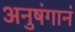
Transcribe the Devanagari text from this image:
अनुषंगानं